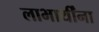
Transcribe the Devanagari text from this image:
लाभार्थींना